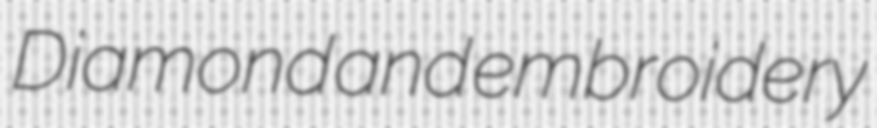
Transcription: Diamond and embroidery